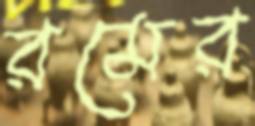
রমের